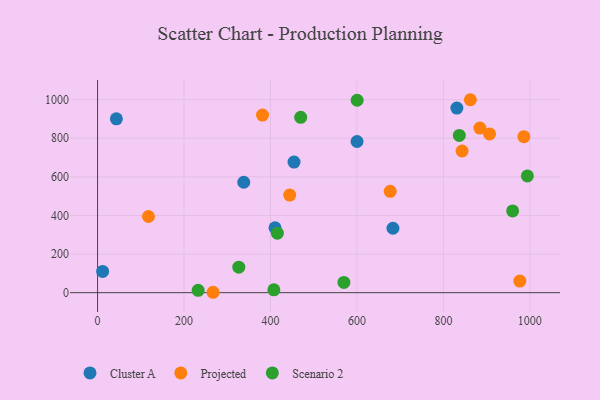
{"axis": {"x": "Engine Size", "y": "Salary"}, "legend": ["Cluster A", "Projected", "Scenario 2"], "data": [{"x": "683.3", "y": 333.6, "type": "Cluster A"}, {"x": "454.5", "y": 676.4, "type": "Cluster A"}, {"x": "11.7", "y": 109.8, "type": "Cluster A"}, {"x": "831.2", "y": 956.2, "type": "Cluster A"}, {"x": "338.2", "y": 571.9, "type": "Cluster A"}, {"x": "410.5", "y": 336.3, "type": "Cluster A"}, {"x": "43.5", "y": 900.6, "type": "Cluster A"}, {"x": "600.3", "y": 783.1, "type": "Cluster A"}, {"x": "862.4", "y": 999.4, "type": "Projected"}, {"x": "381.6", "y": 919.7, "type": "Projected"}, {"x": "267.2", "y": 2.0, "type": "Projected"}, {"x": "986.2", "y": 807.8, "type": "Projected"}, {"x": "884.4", "y": 852.4, "type": "Projected"}, {"x": "444.5", "y": 505.7, "type": "Projected"}, {"x": "843.2", "y": 733.8, "type": "Projected"}, {"x": "677.0", "y": 525.1, "type": "Projected"}, {"x": "117.7", "y": 394.4, "type": "Projected"}, {"x": "976.8", "y": 59.9, "type": "Projected"}, {"x": "906.8", "y": 822.2, "type": "Projected"}, {"x": "960.2", "y": 423.3, "type": "Scenario 2"}, {"x": "415.9", "y": 308.1, "type": "Scenario 2"}, {"x": "469.9", "y": 908.2, "type": "Scenario 2"}, {"x": "407.8", "y": 14.7, "type": "Scenario 2"}, {"x": "232.7", "y": 11.9, "type": "Scenario 2"}, {"x": "600.5", "y": 996.7, "type": "Scenario 2"}, {"x": "994.3", "y": 604.5, "type": "Scenario 2"}, {"x": "569.9", "y": 53.2, "type": "Scenario 2"}, {"x": "836.8", "y": 814.5, "type": "Scenario 2"}, {"x": "326.7", "y": 132.2, "type": "Scenario 2"}]}